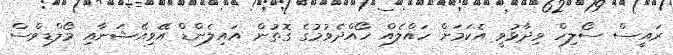
ރައީސް ސޯލިހް ވިދާޅުވީ އެކަމަށް ހައްލެއް ހޯއްދެވުމުގެ ގޮތުން އައިލެންޑް އޭވިއޭޝަނާއި މޯލްޑިވްސް